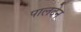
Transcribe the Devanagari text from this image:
पालदेन